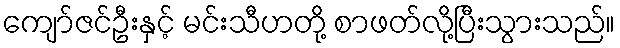
ကျော်ဇင်ဦးနှင့် မင်းသီဟတို့ စာဖတ်လို့ပြီးသွားသည်။